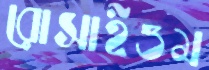
রোসাইওম